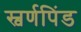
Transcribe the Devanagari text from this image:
स्वर्णपिंड